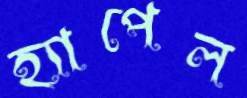
হ্যাপেল